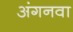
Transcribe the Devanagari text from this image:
अंगनवा